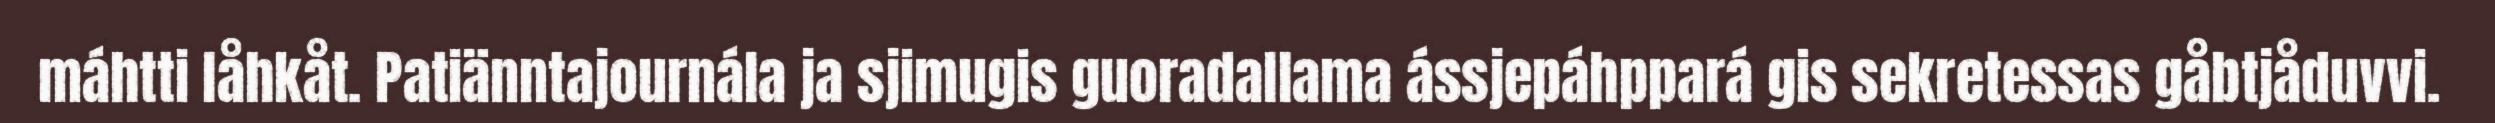
máhtti låhkåt. Patiänntajournála ja sjimugis guoradallama ássjepáhppará gis sekretessas gåbtjåduvvi.